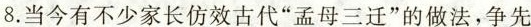
8.当今有不少家长仿效古代“孟母三迁”的做法，争先